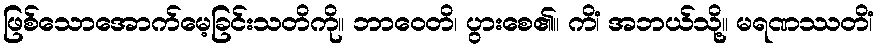
ဖြစ်သောအောက်မေ့ခြင်းသတိကို။ ဘာဝေတိ၊ ပွားစေ၏။ ကိံ၊ အဘယ်သို့။ မရဏဿတိံ၊